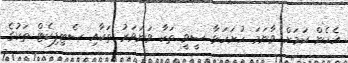
އެހެން ކަމަށް ވާނަމަ ހުށަހަޅާ ސީވީ ތަކާ ވަނަވަރު ތަކާއި ސެޓިފިކެޓް ތަކުގެ